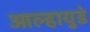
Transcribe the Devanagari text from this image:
आल्हायुडे